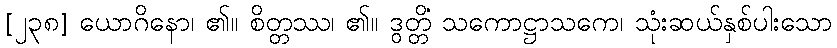
[၂၃၈] ယောဂိနော၊ ၏။ စိတ္တဿ၊ ၏။ ဒွတ္တိံ သကောဋ္ဌာသကေ၊ သုံးဆယ်နှစ်ပါးသော